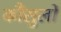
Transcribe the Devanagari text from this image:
कौंसुलों